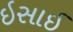
ઇસાઈ